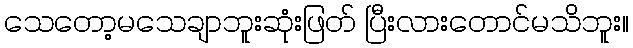
သေတော့မသေချာဘူးဆုံးဖြတ် ပြီးလားတောင်မသိဘူး။